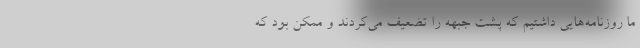
ما روزنامه‌هایی داشتیم که پشت جبهه را تضعیف می‌کردند و ممکن بود که